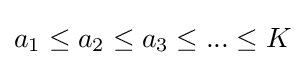
a_{1}\leq a_{2}\leq a_{3}\leq ...\leq K